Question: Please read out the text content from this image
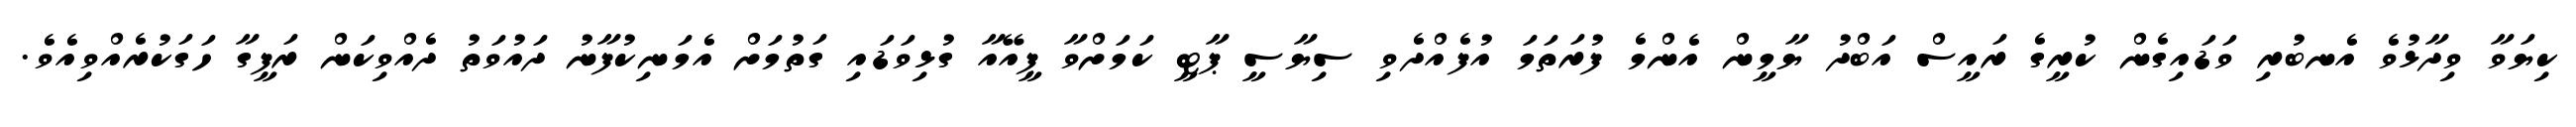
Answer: ކިޔަވާ ވިދާޅުވެ އެނބުރި ވަޑައިގެން ކުރީގެ ރައީސް އަބްދު ޔާމީން އެންމެ ފުރަތަމަ އުފެއްދެވި ސިޔާސީ ޕާޓީ ކަމަށްވާ ޕީއޭއާ ގުޅިވަޑައި ގަތުމަށް އެމަނިކުފާނު ދައުވަތު ދެއްވިކަން ރަފީގާ ހަގަކުރެއްވިއެވެ.